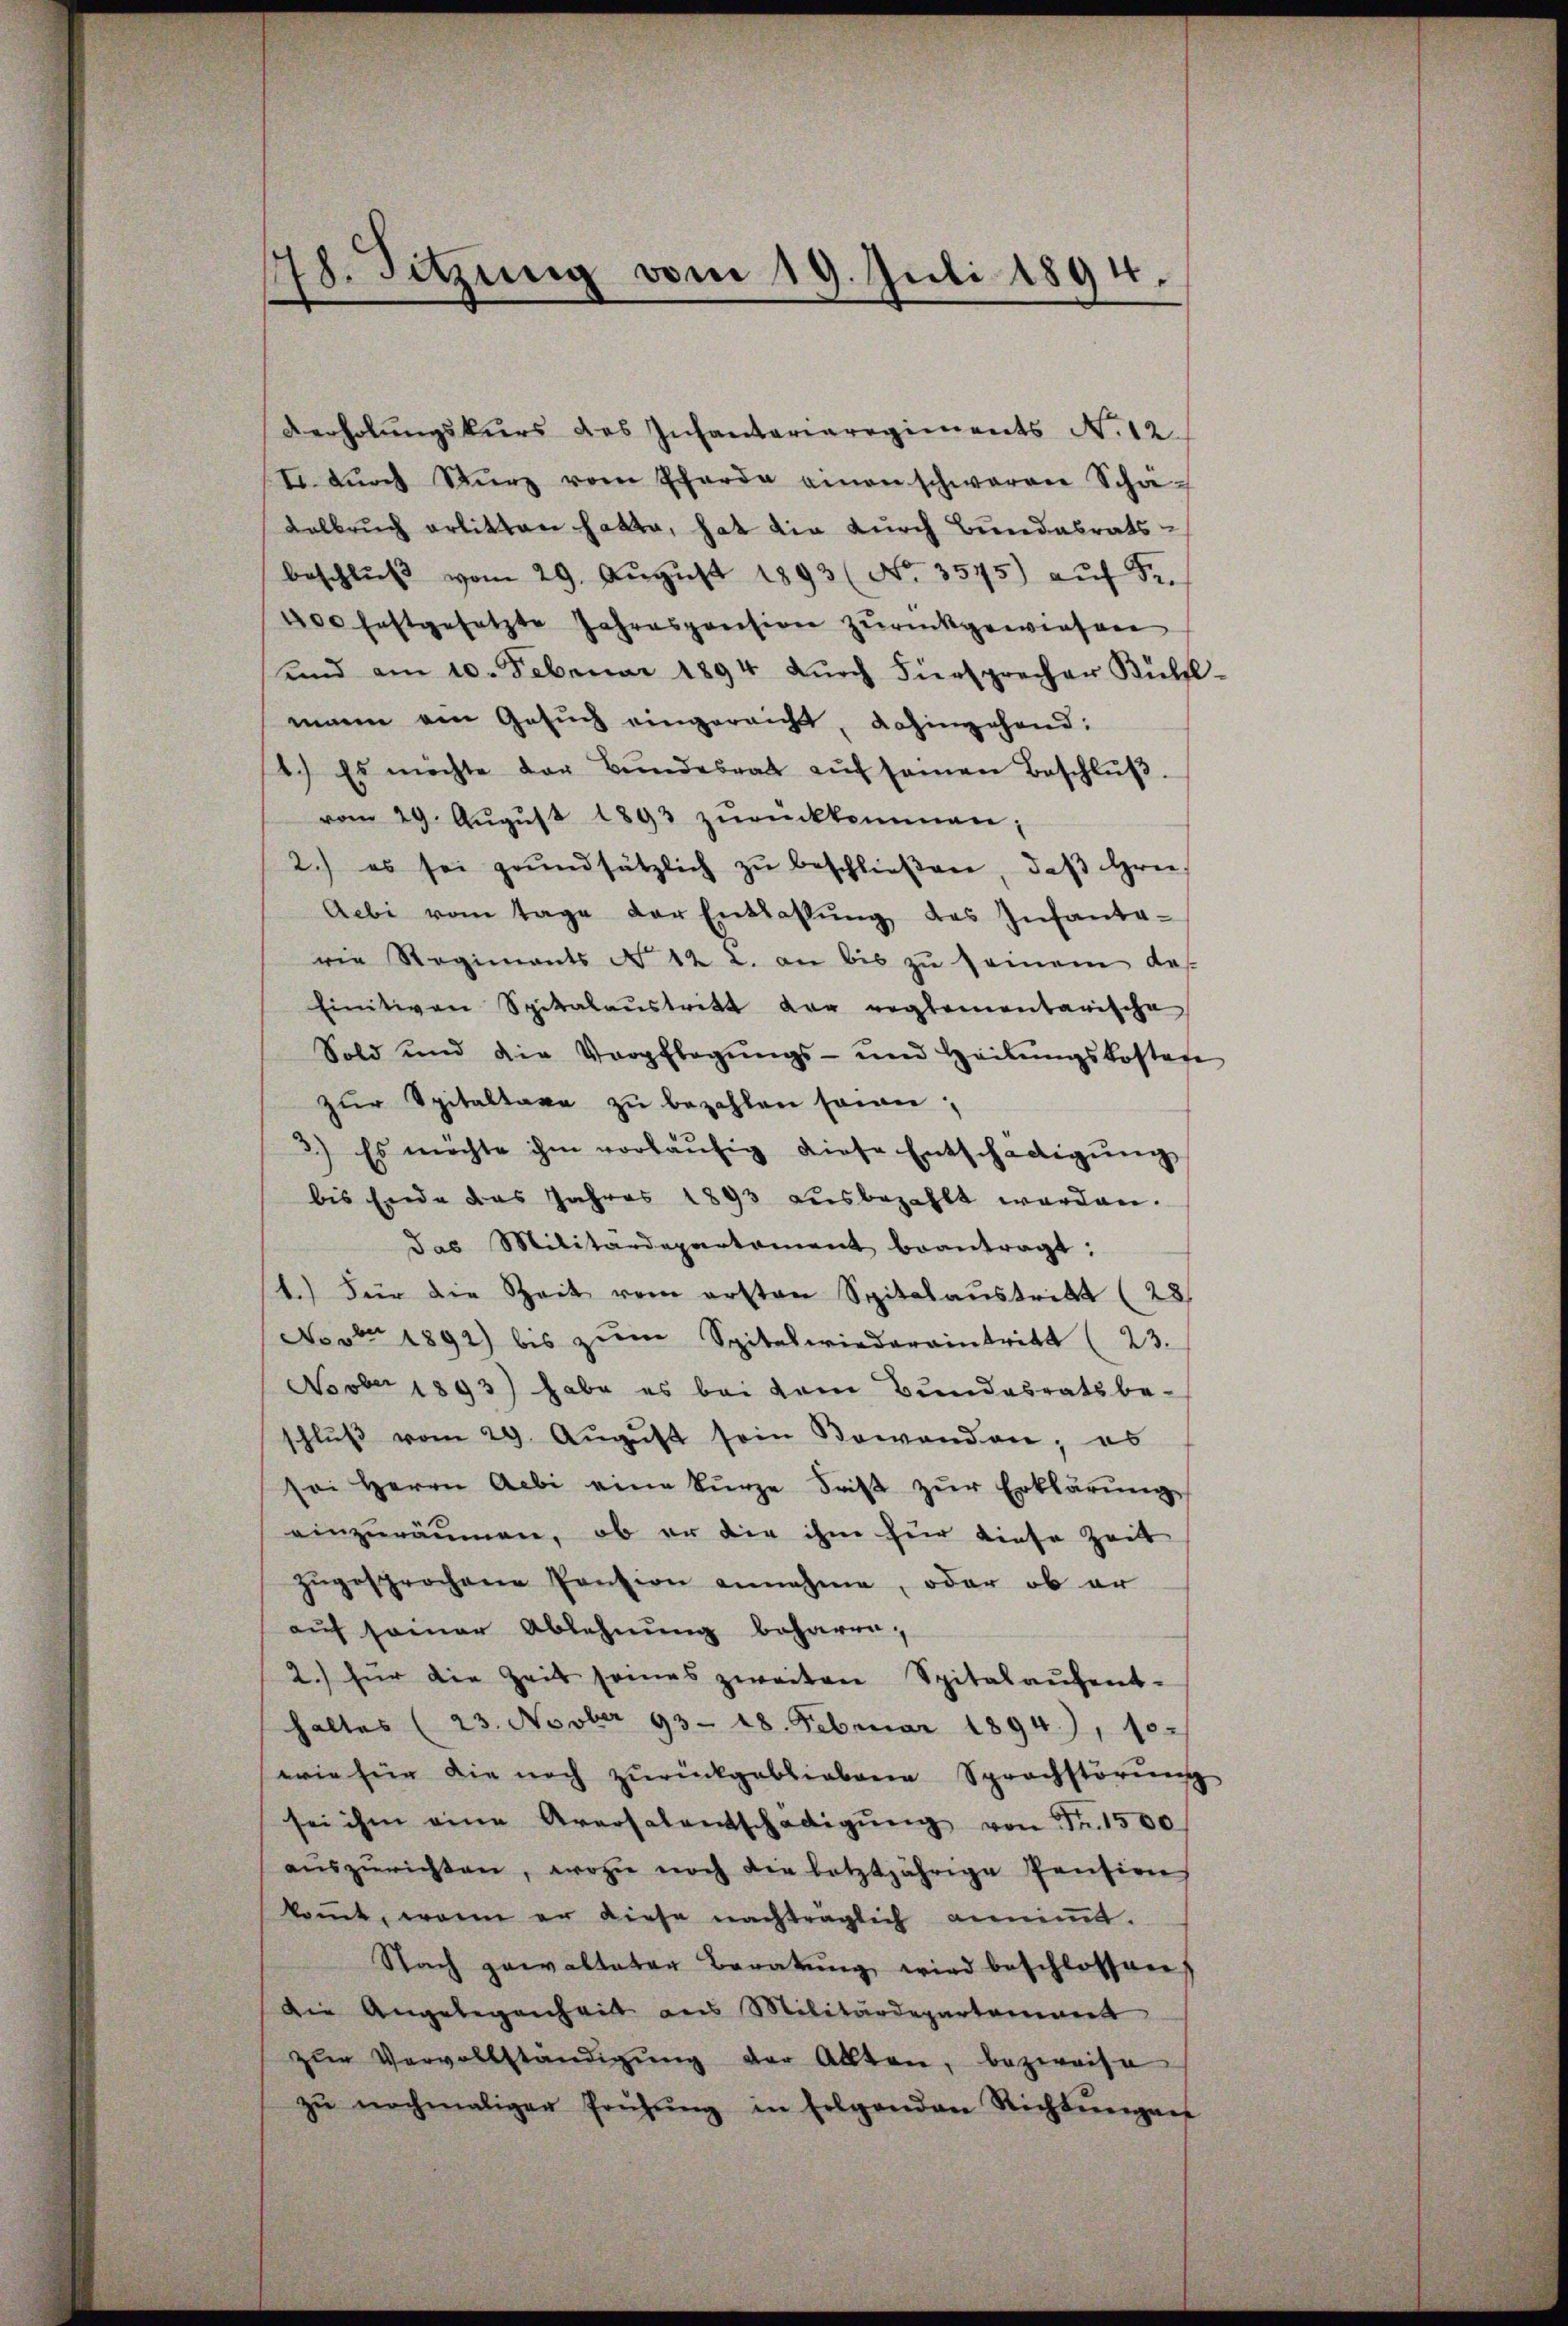
Verholungskurs des Infantariaregiments N. 12.
I dŭrch Kurz vom Scharde einen schwaren Schä-
Kelbruch erlitten hatte, hat die durch Bundalratsbeschlŭβ vom 29. Aŭgŭst 1893 (No. 3575) aŭf Fr.
400 festgesetzte Jahrespension zurückgewiesen
unnd am 10. Februar 1894 dŭrch Fürsprecher Külfl
mann am Gesuch eingereicht, dahingehend:
1.) Es möchte der Bŭndesrath aŭf seinen Beschlŭβ
vom 29. Aŭgŭst 1893 zŭrückkommen;
2.) es sei grŭndsätzlich zŭ beschlieβen, daβ Hrn.
Aebi vom Tage der Entlassŭng des Infanta-
rie Regiments N. 12 u. an bis zŭ seinem des
Einitiven Spitalaŭstritt der reglementarische
Sold und die Verpflegŭngs- und Heilŭngskosten
zŭr Spitaltaxe zŭ bezahlen sein;
3.) Es möchte ihm vorläŭfig diese Entschädigŭng
bis Ende das Jahres 1893 aŭsbezahlt werden.
das Militärdepartement beantragt:
1.) Für die Zeit vom ersten Spitalaustritt (23.
Novbr 1892) bis zŭm Spitalwiederaintritt (23.
Novber 1893) habe es bei dem Bundesratsbe-
schlŭβ vom 29. Aŭgŭst sein Bewanden; es
sei Herrn Aebi eine kurze Fast zŭr Erklärŭng
einzuräumen, ob er die ihm für diese Zeit
zugesprochene Pension annehme, oder ob er
aŭf seiner Ablehnŭng beharre,
2.) für die Zeit seines zweiten Spitalaŭfent-
haltes (23. Novber 93. 18. Februar 1894), 10.
wie für die noch zurückgebliebene Sprachstörŭng
sei ihm eine Aversalentschädigŭng von Fr. 1500
aŭszŭrichten, wozu noch die letztjährige Pension
koṁt, wenn er diese nachträglich anniṁt.
Nach gewalteten Beratŭng wird beschlossen,
Die Angelegenheit aus Militärdepartement
zŭr Vervollständigŭng der Allten, bezweife
zŭ nochmaliger Prüfŭng in Folgenden Richtŭngen

178. Sitzung vom 19. Juli 1894.